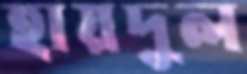
হায়দুল